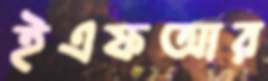
ইএফআর